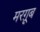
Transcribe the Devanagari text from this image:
मरग़ूूब